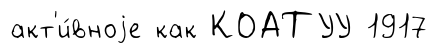
акт'и́вноjе как КОАТУУ 1917